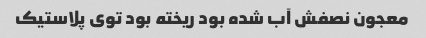
معجون نصفش آب شده بود ریخته بود توی پلاستیک